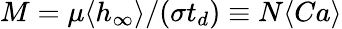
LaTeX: M=\mu\langle h_{\infty}\rangle/(\sigma t_{d})\equiv N\langle Ca\rangle